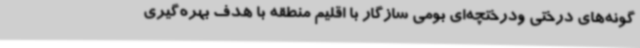
گونه‌های درختی ودرختچه‌ای بومی سازگار با اقلیم منطقه با هدف بهره‌گیری